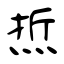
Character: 焎